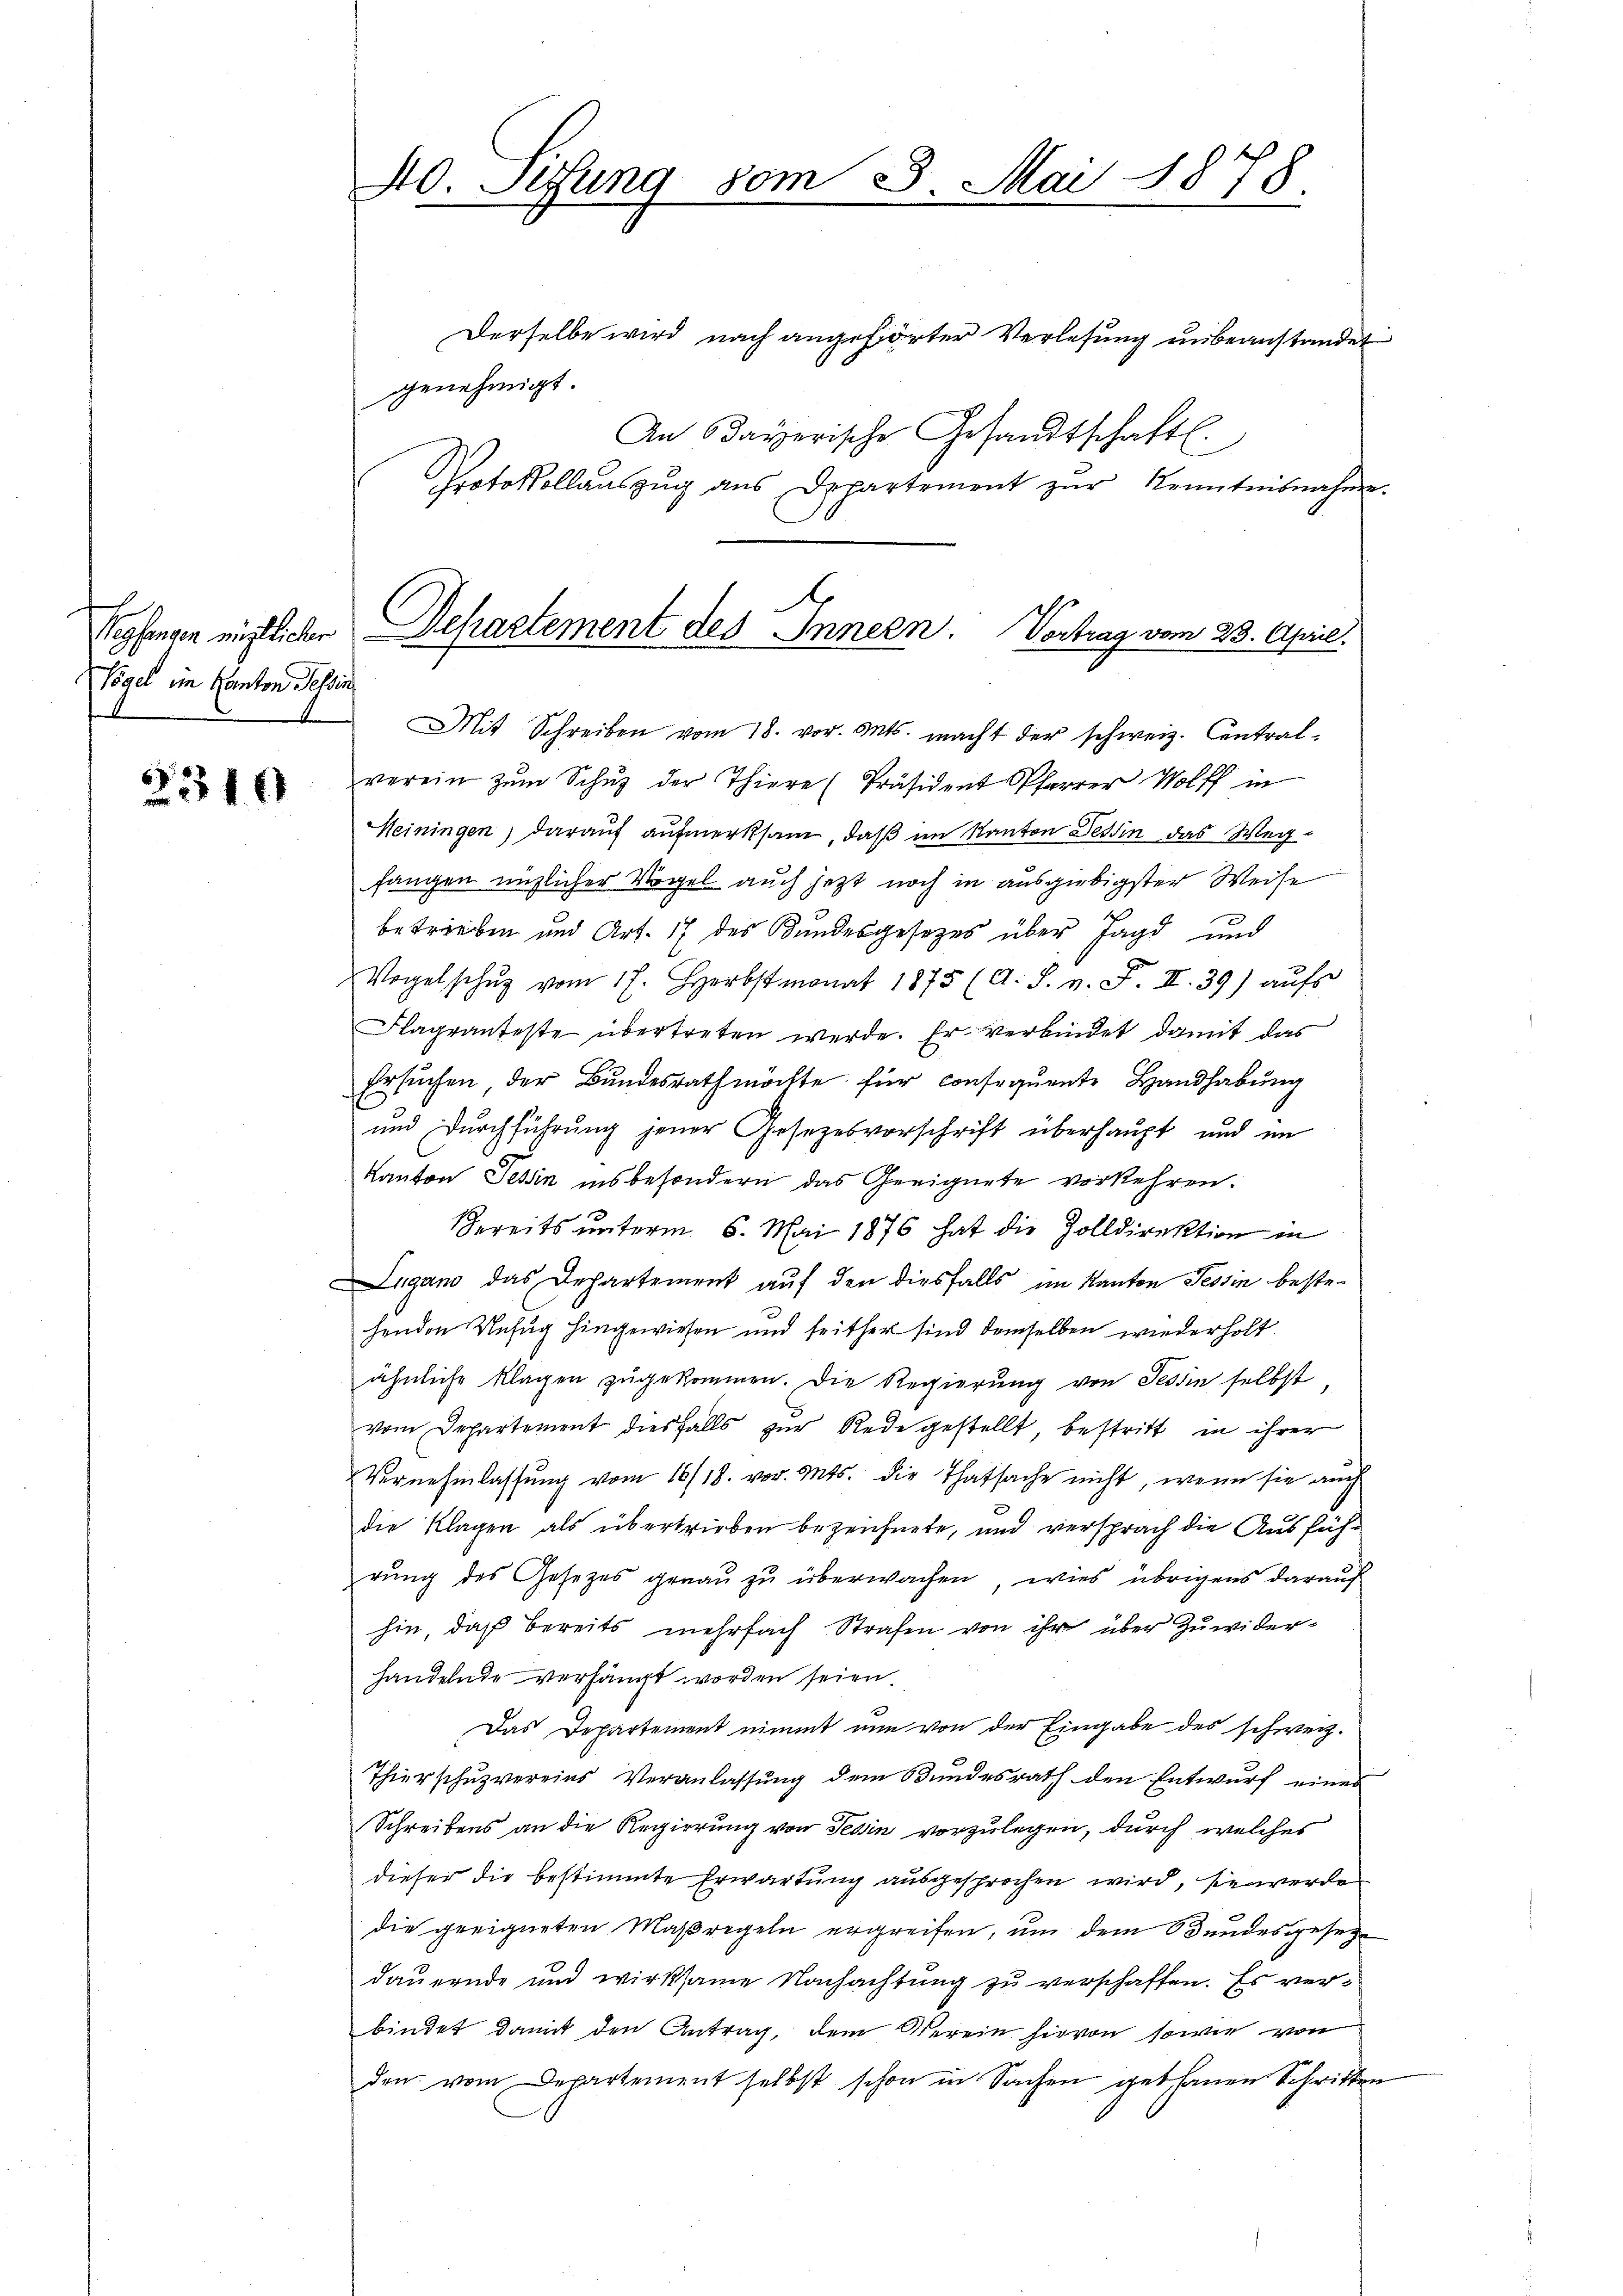
Vogel im Kanton Tessin
.

2310

40. Sesung vom 3. Mai 1878.

Derselbe wird nach angehörter Verlesung unbeanstandet
genehmigt.
An Payerische Gesandtschaftl.
Protokollaŭszŭg ans Departement zŭr Kenntnisnahme.
Mit Schreiben vom 18. vor. Mts. macht der schweiz. Contralverein zŭm Schŭz der Thiere (Präsident Pfarrer Wolff in
Heiningen) darauf aufmerksam, daß im Kanton Tessin das Wegfangen nützlicher Vögel auch jetzt noch in ausgiebigster Weise
betrieben und Art. 17 des Bundesgesetzes über Jagd und
Vogelschŭg vom 17. Herbstmonat 1875 (A. S. v. F. II.39) aŭfs
Flagranteste übertreten werde. Er verbindet damit das
Ersuchen, der Bundesrath möchte für consequente Handhabung
und Durchführung jener Gesezesvorschrift überhaupt und im
Kanton Tessin insbesondern das Geeignete vorkehren.
Bereits unterm 6. Mai 1876 hat die Zolldirektion in
Lugano das Departement auf den diesfalls im Kanton Tessin bestehenden Unfug hingewiesen und seither sind demselben wiederholt.
ähnliche Klagen zugekommen. Die Regierung von Tessin selbst,
vom Departement diesfalls zur Rede gestellt, bestritt in ihrer
Vernehmlassŭng vom 16/18. vor. Mts. die Thatsache nicht, wenn sie auch
die Klagen als übertrieben bezeichnete, und versprach die Ausführŭng des Gesetzes genau zu überwachen, wies übrigens darauf
hin, daß bereits mehrfach Strafen von ihr über Zuwiderhandelnde verhängt worden seien.
Das Departement nimmt nun von der Eingabe des schweiz.
Thierschuzvereins Veranlassung dem Bundesrath den Entwurf eines
Schreibens an die Regierung von Tessin vorzulegen, durch welches
dieser die bestimmte Erwartung ausgesprochen wird, sie werde
die geeigneten Maßregeln ergreifen, um dem Bundesgesetze
dauernde und wirksame Nachachtung zu verschaffen. Es verbindet, damit den Antrag, dem Verein hievon sowie von
den vom Departement selbst schon in Sachen gethanen Schritten

Vegfingen nichtlicher Departement des Innern. Vortrag vom 23. April.